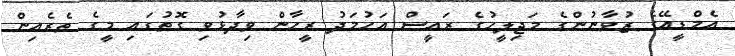
އެމްޑީއޭގެ ޒުވާނުންގެ މަޖިލީހުގެ ރައީސް އަހުމަދު ރީހާން ވިދާޅުވި ގޮތުގައި މީގެ ތެރެއިން